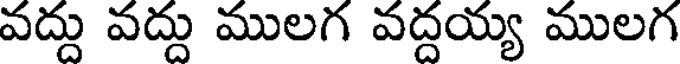
వద్దు వద్దు ములగ వద్దయ్య ములగ